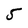
Character: 5